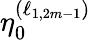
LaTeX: \eta_{0}^{\left(\ell_{1,2m-1}\right)}